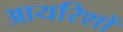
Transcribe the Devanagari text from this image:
आयरिशों